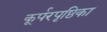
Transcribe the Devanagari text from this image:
कूर्परपृष्ठिका